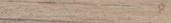
تجديد وتصميم الديكور المن